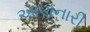
આણનારી